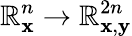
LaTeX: \mathbb{R}_{\mathbf{x}}^{n}\to\mathbb{R}_{\mathbf{x},\mathbf{y}}^{2n}